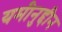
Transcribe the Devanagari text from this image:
यमीनुद्दीन